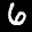
Label: 6